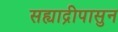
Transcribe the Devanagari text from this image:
सह्याद्रीपासुन